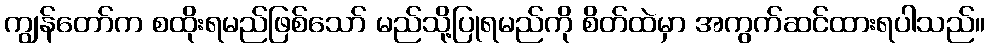
ကျွန်တော်က စထိုးရမည်ဖြစ်သော် မည်သို့ပြုရမည်ကို စိတ်ထဲမှာ အကွက်ဆင်ထားရပါသည်။